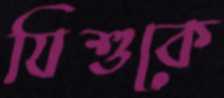
যিশুকে